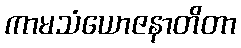
ကာမသံယောဇနာတိတာ